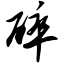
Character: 碎